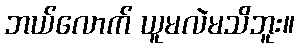
ဘယ်လောက် ယူမလဲမသိဘူး။